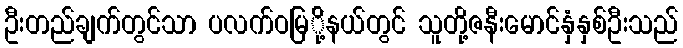
ဦးတည်ချက်တွင်သာ ပလက်ဝမြ်ို့နယ်တွင် သူတို့ဇနီးမောင်နှံနှစ်ဦးသည်